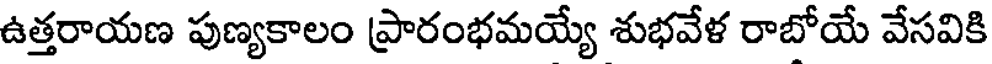
ఉత్తరాయణ పుణ్యకాలం ప్రారంభమయ్యే శుభవేళ రాబోయే వేసవికి